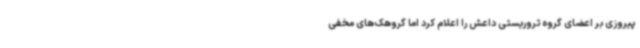
پیروزی بر اعضای گروه تروریستی داعش را اعلام کرد اما گروهک‌های مخفی